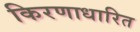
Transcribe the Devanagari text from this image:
किरणाधारित